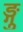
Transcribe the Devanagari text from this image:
ङ्गु